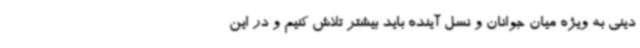
دینی به ویژه میان جوانان و نسل آینده باید بیشتر تلاش کنیم و در این